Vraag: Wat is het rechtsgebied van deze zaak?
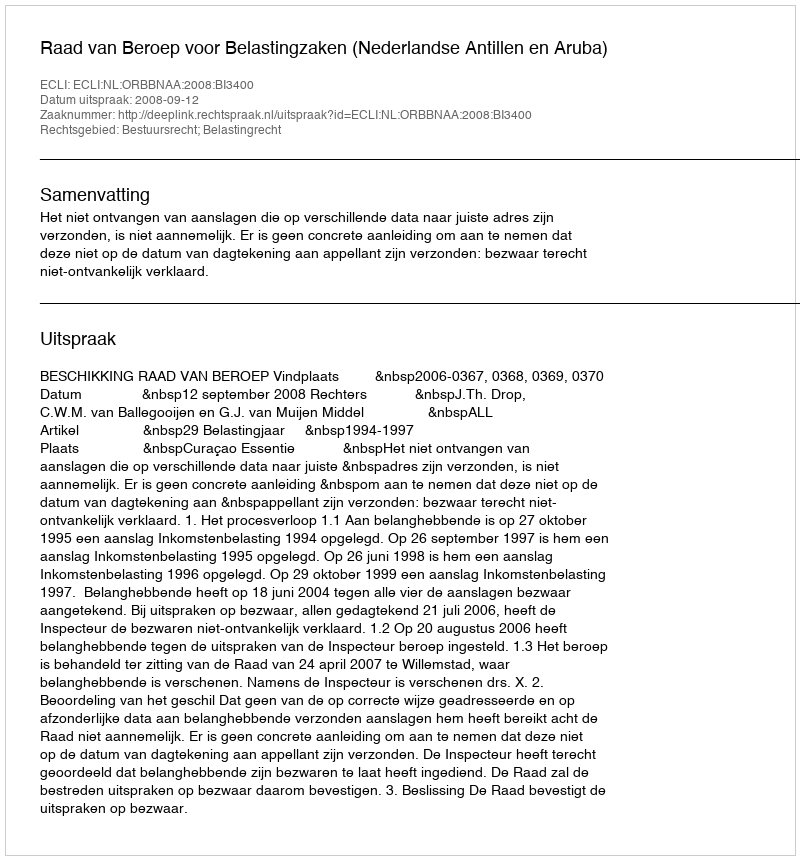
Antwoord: Bestuursrecht; Belastingrecht